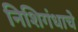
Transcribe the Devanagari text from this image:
निशिगंधाचे